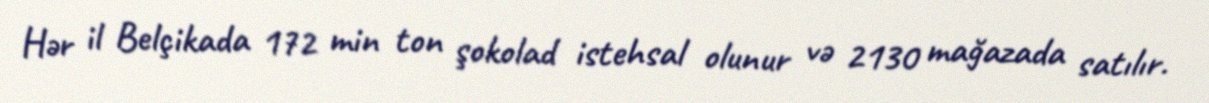
Hər il Belçikada 172 min ton şokolad istehsal olunur və 2130 mağazada satılır.